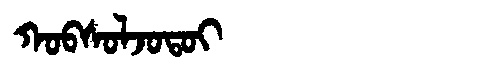
Manchu: ᡴᠣᠪᠰᠣᠯᠵᠣᡨᠣᡳ
Romanization: KOBSOLJOTOI